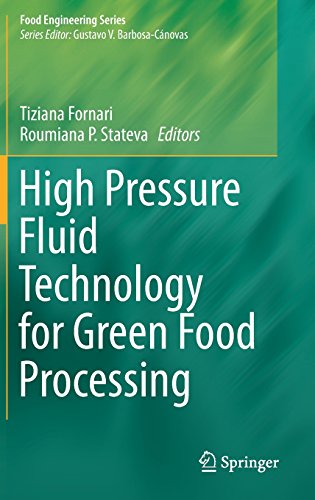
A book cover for High Pressure Fluid Technology for Green Food Processing (Food Engineering Series); Cookbooks, Food & Wine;